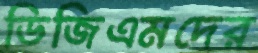
ডিজিএমদের